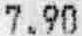
7.90